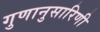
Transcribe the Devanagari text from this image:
गुणानुसारिणी